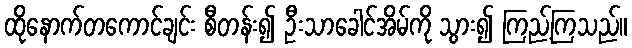
ထိုနောက်တကောင်ချင်း စီတန်း၍ ဦးသာခေါင်အိမ်ကို သွား၍ ကြည့်ကြသည်။